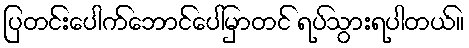
ပြတင်းပေါက်ဘောင်ပေါ်မှာတင် ရပ်သွားရပါတယ်။